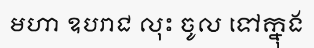
មហា ឧបរាជ លុះ ចូល ទៅក្នុង